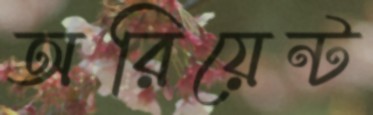
অরিয়েন্ট